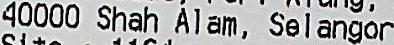
40000 SHAH ALAM, SELANGOR